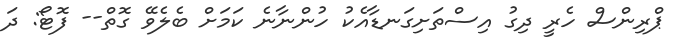
ޕްރިންސް ހެރީ ދިގު އިސްތަށިގަނޑާއެކު ހުންނާނެ ކަމަށް ބެލެވޭ ގޮތް-- ފޮޓޯ: ދަ